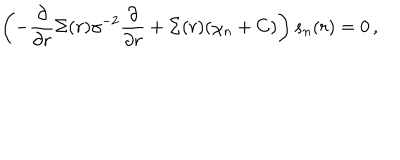
LaTeX: \left( - \frac { \partial } { \partial r } \Sigma ( r ) \gamma ^ { - 2 } \frac { \partial } { \partial r } + \Sigma ( r ) ( \chi _ { n } + C ) \right) s _ { n } ( r ) = 0 \, ,